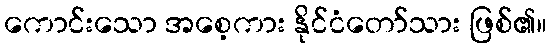
ကောင်းသော အစေ့ကား နိုင်ငံတော်သား ဖြစ်၏။